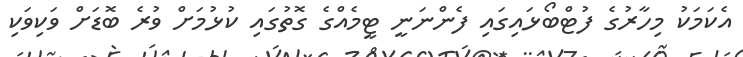
އެކަމަކު މިހާރުގެ ފުޓްބޯޅައިގައި ފެންނަނީ ޓީމެއްގެ ގޮތުގައި ކުޅުމަށް ވުރެ ބޮޑަށް ވަކިވަކި